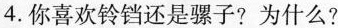
4.你喜欢铃铛还是骡子?为什么?